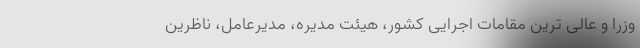
وزرا و عالی ترین مقامات اجرایی کشور، هیئت مدیره، مدیرعامل، ناظرین